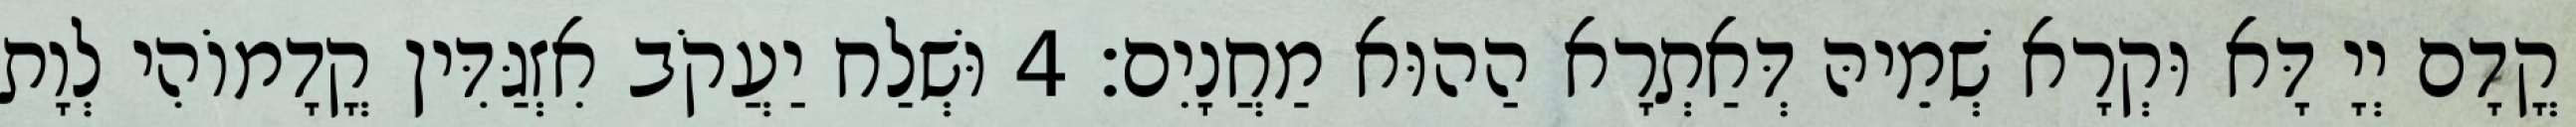
קֳדָם יְיָ דָּא וּקְרָא שְׁמֵיהּ דְּאַתְרָא הַהוּא מַחֲנָיִם׃ 4 וּשְׁלַח יַעֲקֹב אִזְגַּדִּין קֳדָמוֹהִי לְוָת